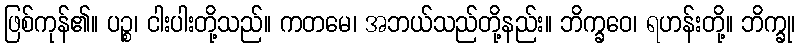
ဖြစ်ကုန်၏။ ပဉ္စ၊ ငါးပါးတို့သည်။ ကတမေ၊ အဘယ်သည်တို့နည်း။ ဘိက္ခဝေ၊ ရဟန်းတို့။ ဘိက္ခု၊